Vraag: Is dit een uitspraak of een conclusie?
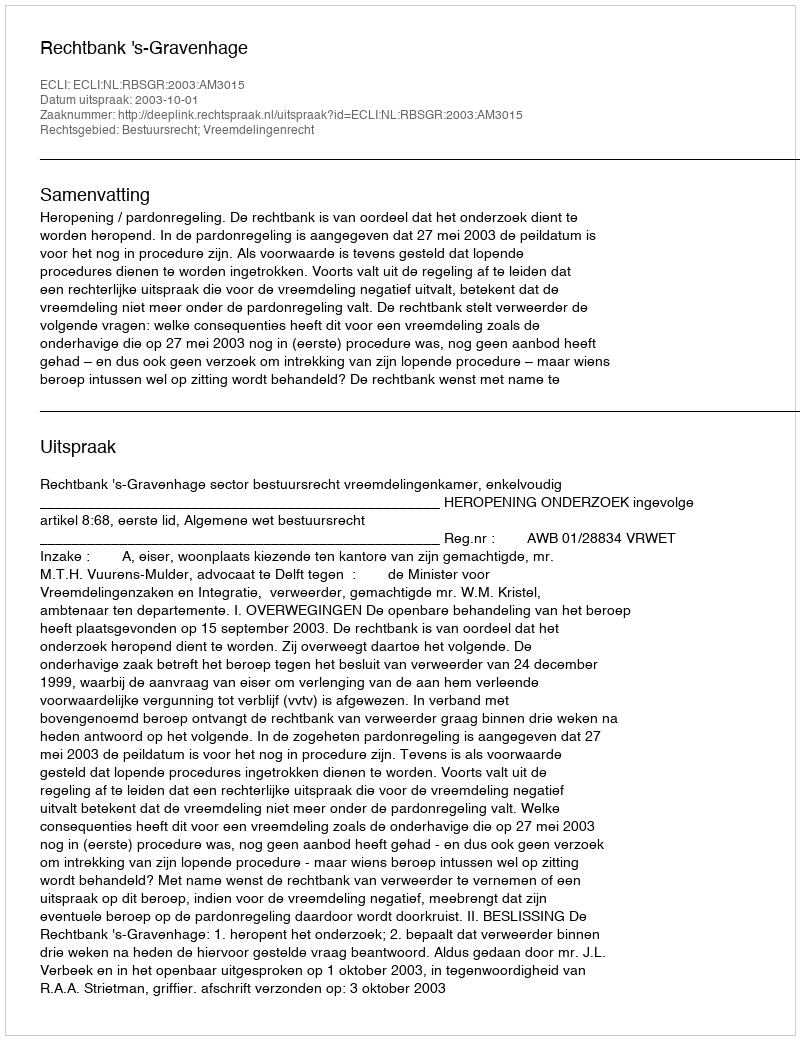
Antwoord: Uitspraak